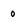
Character: 0